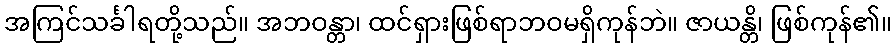
အကြင်သင်္ခါရတို့သည်။ အဘဝန္တာ၊ ထင်ရှားဖြစ်ရာဘဝမရှိကုန်ဘဲ။ ဇာယန္တိ၊ ဖြစ်ကုန်၏။